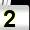
Digit: 2